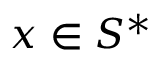
x \in S ^ { * }